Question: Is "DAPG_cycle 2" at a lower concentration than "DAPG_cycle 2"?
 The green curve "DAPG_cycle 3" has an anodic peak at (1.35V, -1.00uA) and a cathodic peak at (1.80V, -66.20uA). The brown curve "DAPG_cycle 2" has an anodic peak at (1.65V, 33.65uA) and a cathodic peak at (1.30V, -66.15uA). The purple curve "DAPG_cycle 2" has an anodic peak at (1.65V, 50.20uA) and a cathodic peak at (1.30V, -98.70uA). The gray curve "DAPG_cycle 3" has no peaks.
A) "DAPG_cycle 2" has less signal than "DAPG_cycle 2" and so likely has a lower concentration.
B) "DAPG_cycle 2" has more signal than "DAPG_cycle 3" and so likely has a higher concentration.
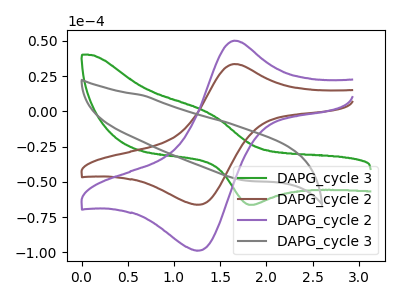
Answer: <think>All the peaks in "DAPG_cycle 2" have a peak in "DAPG_cycle 2" at the same potential. Every peak in "DAPG_cycle 2" is lower than every peak in "DAPG_cycle 2".
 </think>
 <answer>A) "DAPG_cycle 2" has less signal than "DAPG_cycle 2" and so likely has a lower concentration.</answer>
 <eval>A</eval>